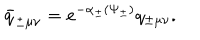
\bar { q } _ { \pm \mu \nu } = e ^ { - \alpha _ { \pm } ( \Psi _ { \pm } ) } q _ { \pm \mu \nu } .